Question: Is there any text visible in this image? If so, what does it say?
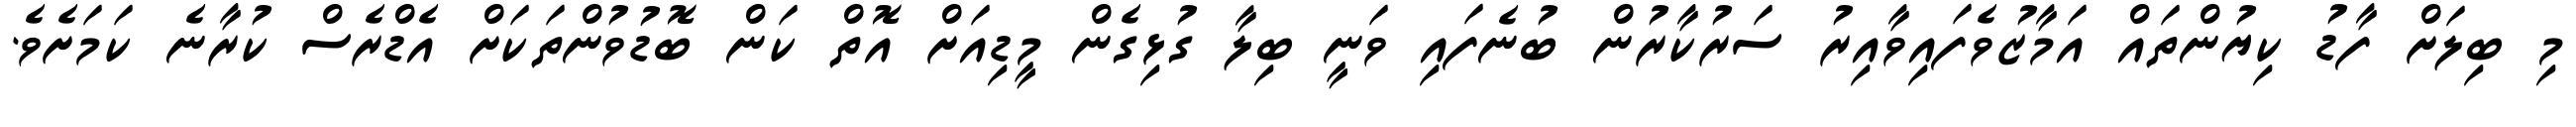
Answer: މި ބިލަށް ފާޑު ކިޔުންތައް އަމާޒުވެފައިވާއިރު ސަރުކާރުން ބުނެފައި ވަނީ ބިލާ ގުޅިގެން މީޑިއަށް އޮތް ކަން ބޮޑުވުންތަކަށް އެޑްރެސް ކުރާނެ ކަމަށެވެ.